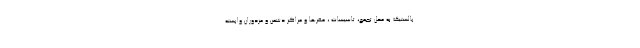
بالستیک به محل تجمع، تاسیسات ، مقرها و مراکز دشمن و مزدوران وابسته